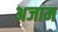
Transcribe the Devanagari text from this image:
अजाम